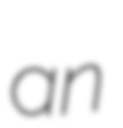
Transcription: an